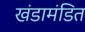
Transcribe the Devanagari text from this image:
खंडामंडित